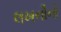
લખનૌનો